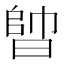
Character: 𣈪